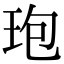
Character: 玸